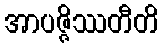
အာပဇ္ဇိဿတီတိ